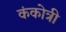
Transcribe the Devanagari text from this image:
कंकोत्री